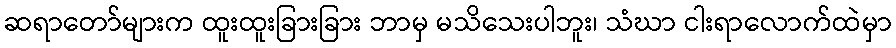
ဆရာတော်များက ထူးထူးခြားခြား ဘာမှ မသိသေးပါဘူး၊ သံဃာ ငါးရာလောက်ထဲမှာ